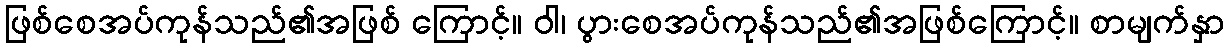
ဖြစ်စေအပ်ကုန်သည်၏အဖြစ် ကြောင့်။ ဝါ၊ ပွားစေအပ်ကုန်သည်၏အဖြစ်ကြောင့်။ စာမျက်နှာ